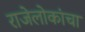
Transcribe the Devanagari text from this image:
राजेलोकांचा